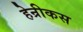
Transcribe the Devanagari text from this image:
हेन्रीकस